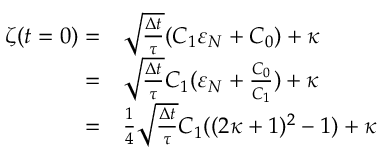
\begin{array} { r l } { \zeta ( t = 0 ) = } & { \sqrt { \frac { \Delta t } { \tau } } ( C _ { 1 } \varepsilon _ { N } + C _ { 0 } ) + \kappa } \\ { = } & { \sqrt { \frac { \Delta t } { \tau } } C _ { 1 } ( \varepsilon _ { N } + \frac { C _ { 0 } } { C _ { 1 } } ) + \kappa } \\ { = } & { \frac { 1 } { 4 } \sqrt { \frac { \Delta t } { \tau } } C _ { 1 } ( ( 2 \kappa + 1 ) ^ { 2 } - 1 ) + \kappa } \end{array}